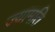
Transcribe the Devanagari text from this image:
ज्यामति